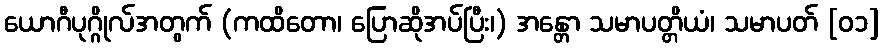
ယောဂီပုဂ္ဂိုလ်အတွက် (ကထိတော၊ ပြောဆိုအပ်ပြီး၊) အန္တော သမာပတ္တိယံ၊ သမာပတ် [၀၁]